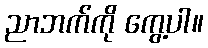
ညာဘက်ကို ကွေ့ပါ။